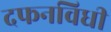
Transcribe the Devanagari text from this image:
दफनविधी